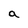
Character: a